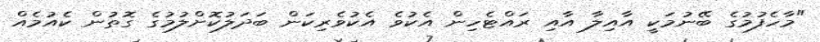
"މާހެފުމުގެ ބޭނުމަކީ އާއިލާ އާއި ރައްޓެހިން އެކުވެ އެކުވެރިކަން ބަދަލުކޮށްލުމުގެ ގޮތުން ކެއުމެއް